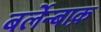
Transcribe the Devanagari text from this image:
बर्लेन्बाक़